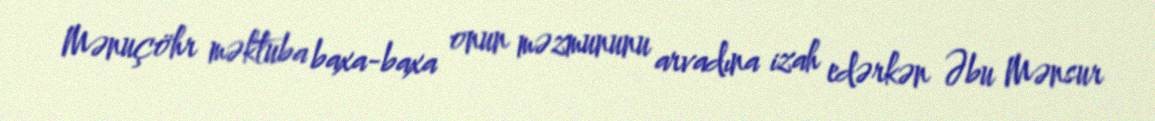
Mənuçöhr məktuba baxa-baxa onun məzmununu arvadına izah edərkən Əbu Mənsur